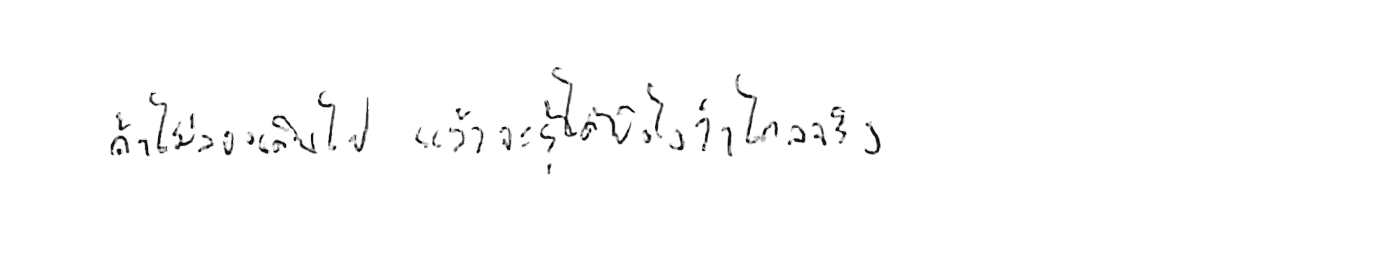
ถ้าไม่ลองเดินไป แล้วจะรู้ได้ยังไงว่าไกลจริง